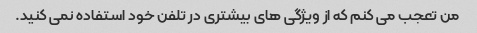
من تعجب می کنم که از ویژگی های بیشتری در تلفن خود استفاده نمی کنید.